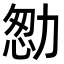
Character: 𠡻